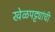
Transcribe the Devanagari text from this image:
खेळपट्ट्यांची